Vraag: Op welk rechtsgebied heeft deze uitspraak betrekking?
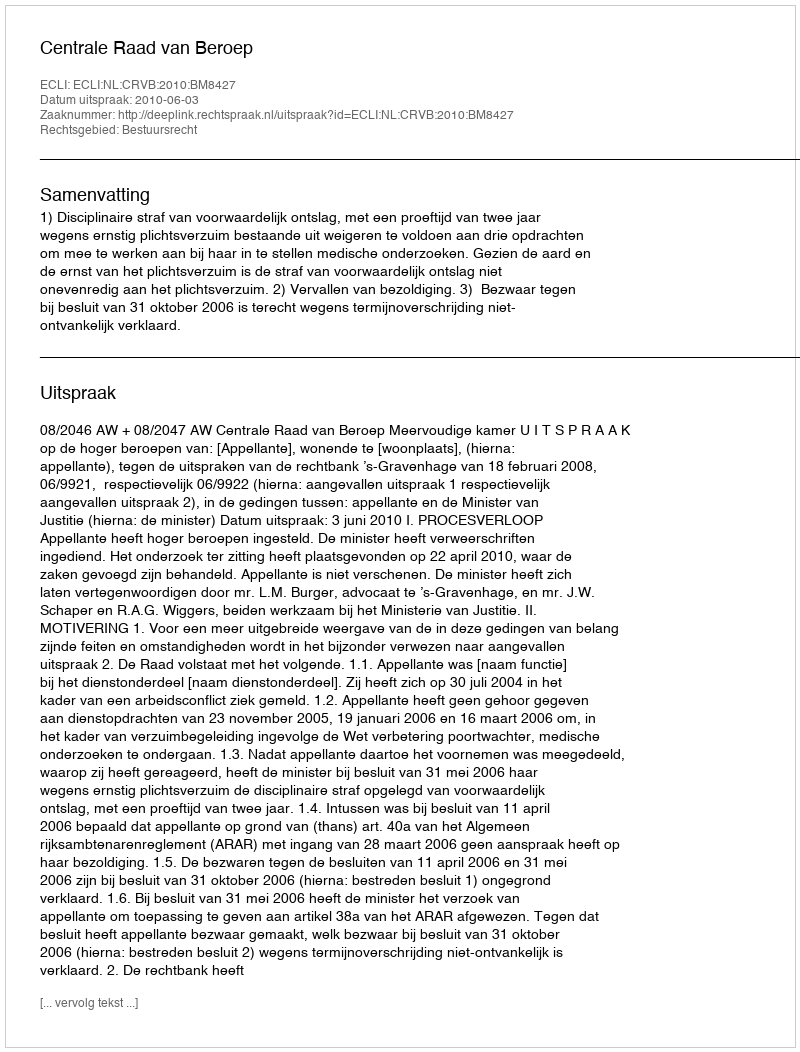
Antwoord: Bestuursrecht